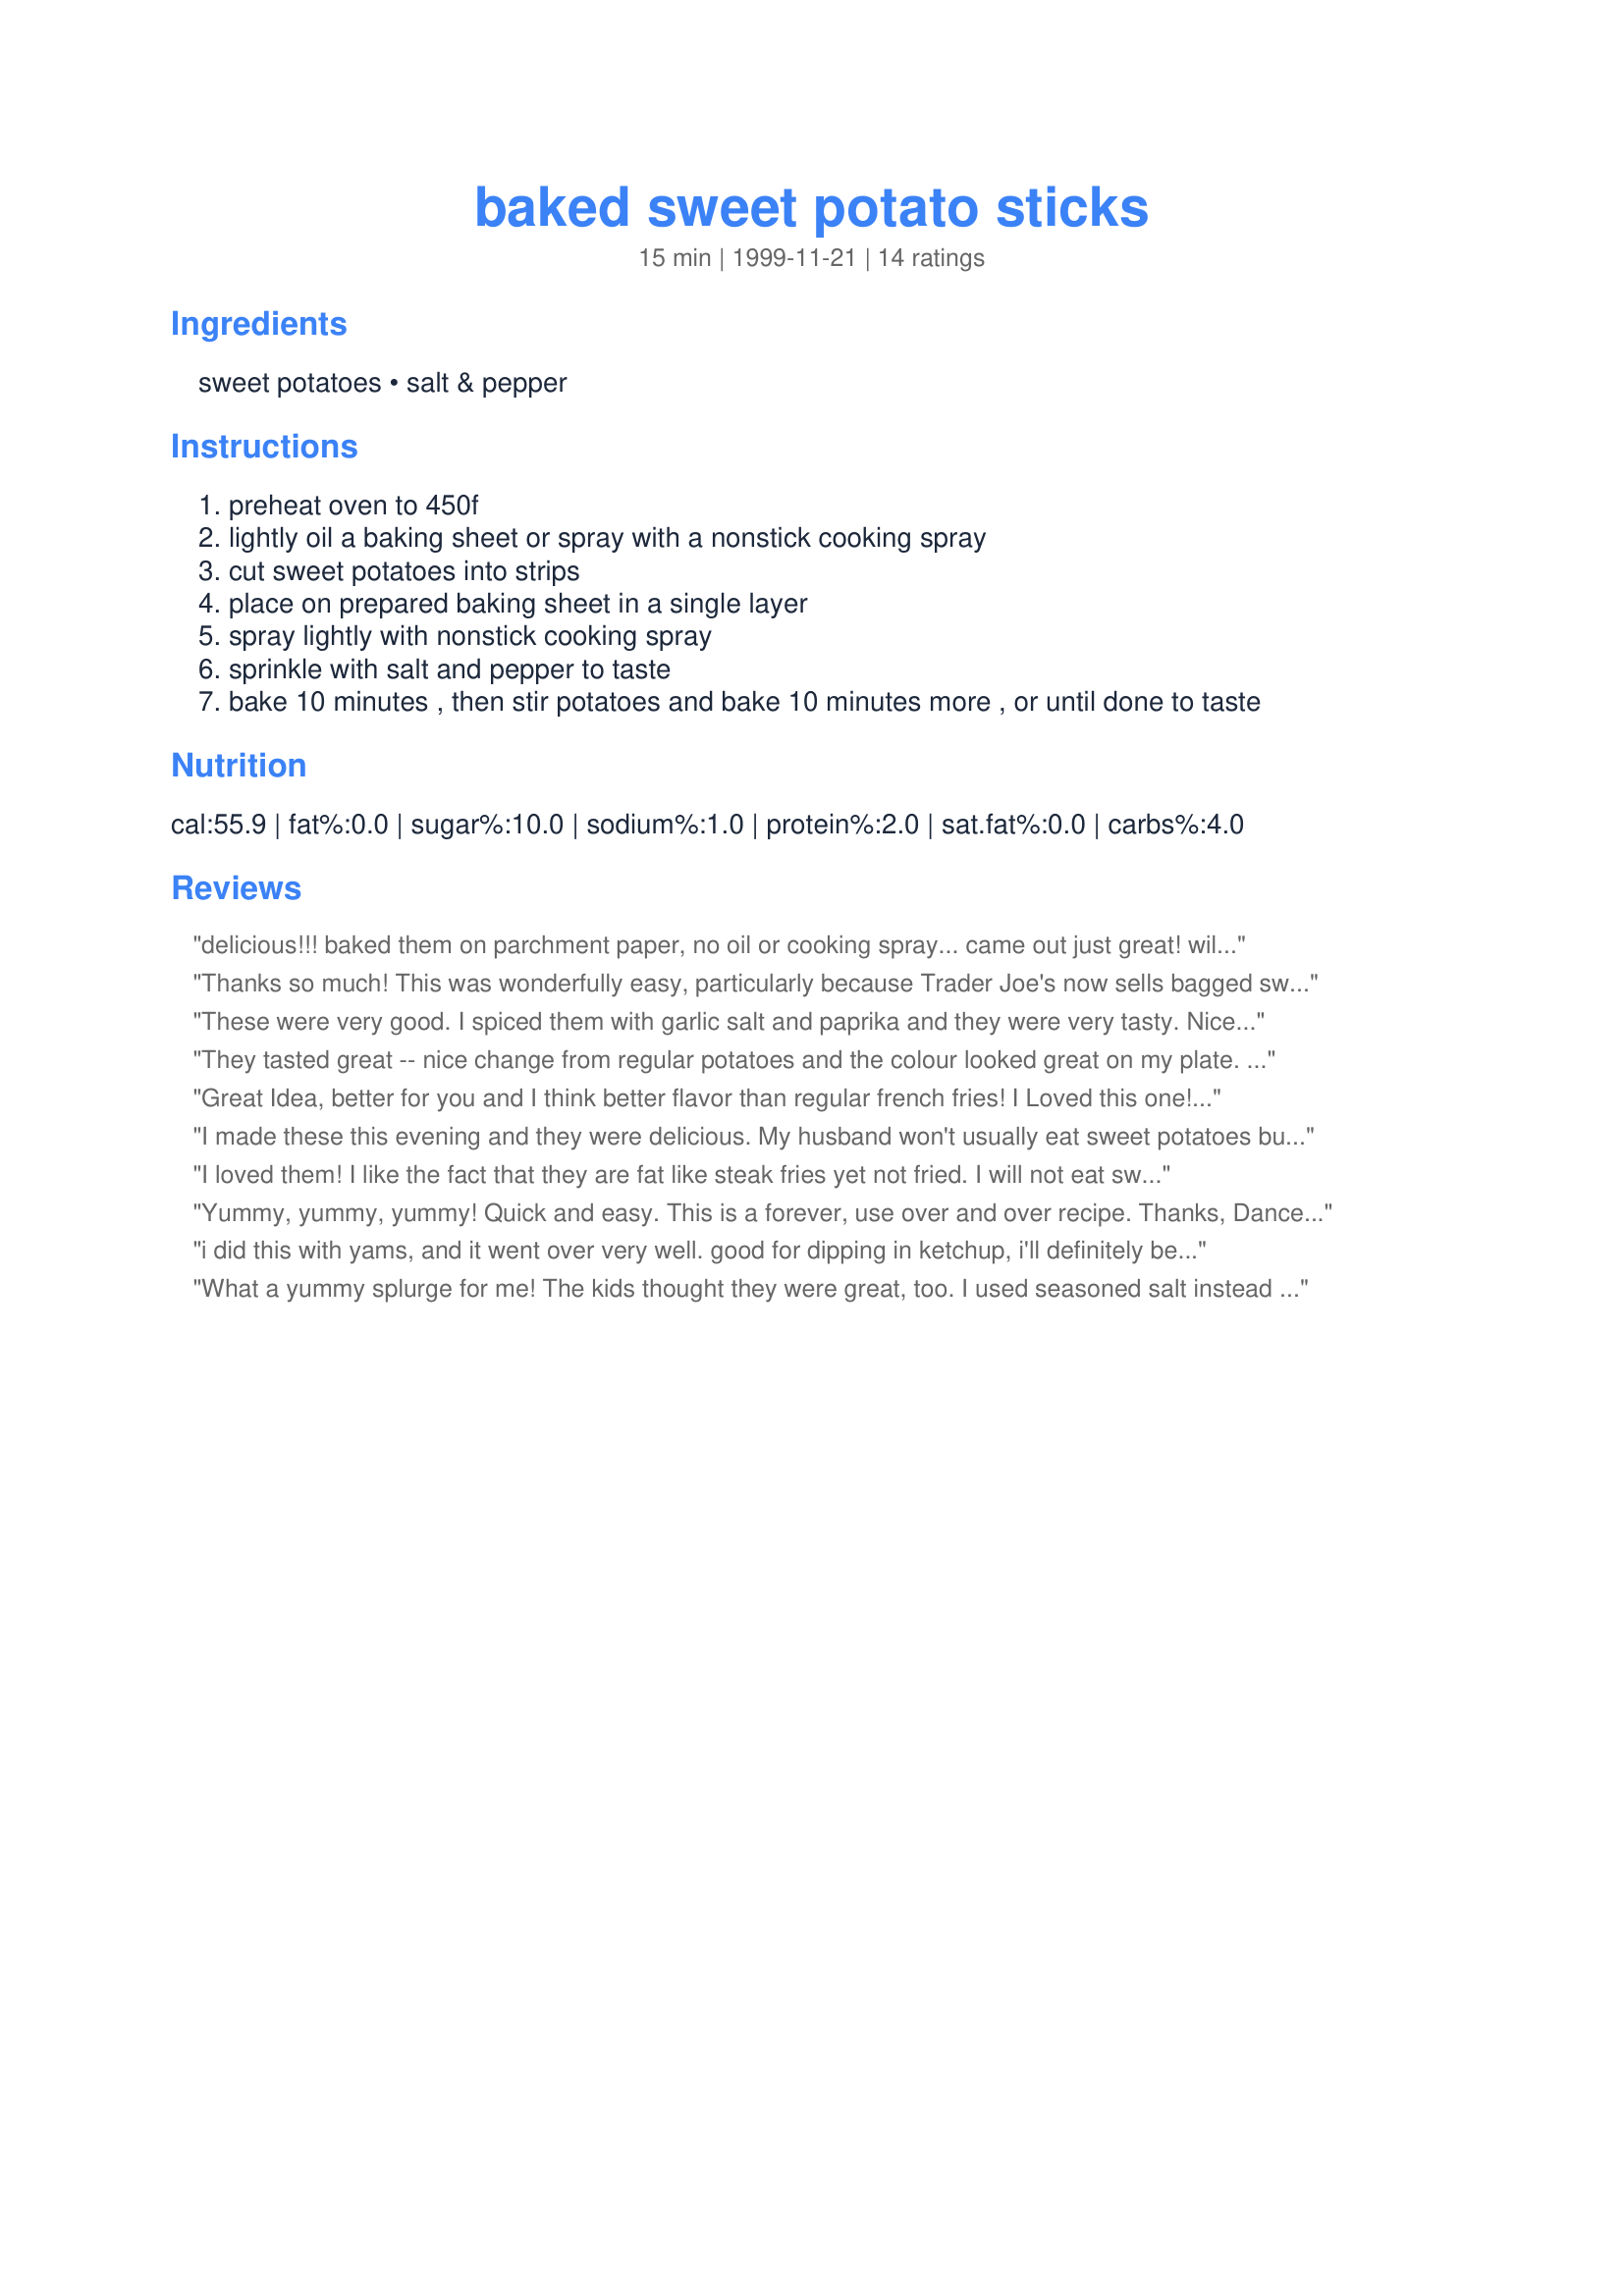
baked sweet potato sticks
Preparation time: 15 minutes

Ingredients:
sweet potatoes, salt & pepper

Steps:
preheat oven to 450f
lightly oil a baking sheet or spray with a nonstick cooking spray
cut sweet potatoes into strips
place on prepared baking sheet in a single layer
spray lightly with nonstick cooking spray
sprinkle with salt and pepper to taste
bake 10 minutes , then stir potatoes and bake 10 minutes more , or until done to taste

Reviews:
delicious!!! baked them on parchment paper, no oil or cooking spray... came out just great! will definitely buy more sweet potatoes & make these babies again... soon!
Thanks so much! This was wonderfully easy, particularly because Trader Joe's now sells bagged sweet potato spears -- this didn't even require cutting. I used olive oil spray instead of Pam, and it was terrific. This got me away from the problem of cooking sweet potatoes with butter and brown sugar, making 'em more of a dessert than a vegetable ... now the sweet potatoes can speak for themselves. Thanks!
These were very good. I spiced them with garlic salt and paprika and they were very tasty. Nice change from regular fries.
They tasted great -- nice change from regular potatoes and the colour looked great on my plate. i wish they were just a bit crisper; i'll try some EV olive oil next time. i'm going to try a bit of rosemary too -- something to counteract the sweetness of the potato flesh.
Great Idea, better for you and I think better flavor than regular french fries! I Loved this one! Whats bad is I can eat a pan full by myself, they are addictive!
Thanks Dancer!
I made these this evening and they were delicious. My husband won't usually eat sweet potatoes but he loved these. I tossed with olive oil and baked mine for 30 minutes and they still didn't look as crispy as the photo. I'm at 5000 ft alt. so maybe that had something to do with it, but regardless we will be making them often. Thanks so much!
I loved them! I like the fact that they are fat like steak fries yet not fried. I will not eat sweet potatoes at Thanksgiving with all the marshmellows, but this I can do. My bf wasn't crazy about them, but he ate 'em. I used EV-olive oil, seasoned salt, and paprika. I even ate the left-overs the next day. I'll pick this healthy option over Mickey D's any day.
Yummy, yummy, yummy!
Quick and easy. This is a forever, use over and over recipe. Thanks, Dancer.
Lucy B.
i did this with yams, and it went over very well. good for dipping in ketchup, i'll definitely be making these again soon.
What a yummy splurge for me! The kids thought they were great, too. I used seasoned salt instead of salt & pepper. Next time I will cut them smaller so they can crisp up a bit more.
This is a great alternative for french fries. My kids are asking me for the new kind of "French Fries". They are tasty enough that you don't need katup.
OMG!! These were wonderful, and very easy to do. DH loved them too. I will definitely make them again. Instead of pam, I tossed the potatoes in olive oil, but did everything else just like it was written.
I forgot to use salt and pepper, and these were still fantastic! The only thing I would do differently is to change the cook time. I cut the fries into smaller slices, and they seemed to be crispy/done after about 10-12 minutes. Great idea! If health/calories are not an issue, they are good with ranch dressing.
this was so quick & easy, and we loved it!
